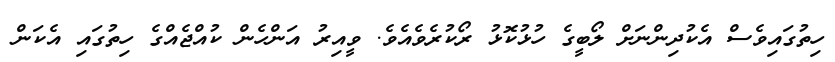
ހިތުގައިވެސް އެކުދިންނަށް ލޯބީގެ ހުޅުކޮޅު ރޯކުރެވެއެވެ. ވީއިރު އަންހެން ކުއްޖެއްގެ ހިތުގައި އެކަން